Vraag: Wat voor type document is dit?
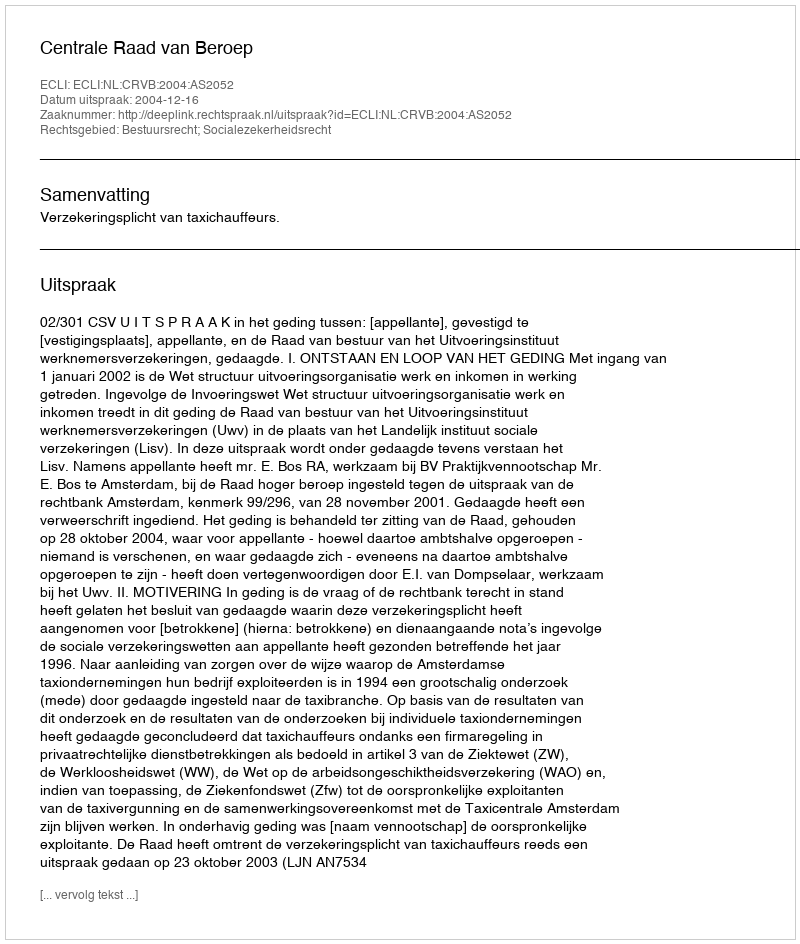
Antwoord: Uitspraak